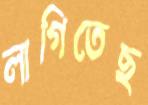
লাগিতেছ